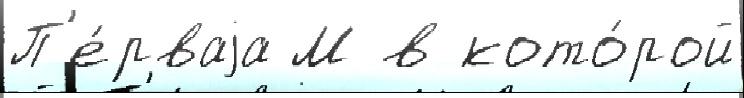
П'е́рваjа М в кото́рой